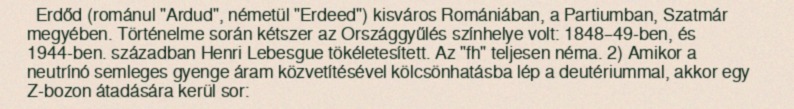
Erdőd (románul "Ardud", németül "Erdeed") kisváros Romániában, a Partiumban, Szatmár megyében. Történelme során kétszer az Országgyűlés színhelye volt: 1848–49-ben, és 1944-ben. században Henri Lebesgue tökéletesített. Az "fh" teljesen néma. 2) Amikor a neutrínó semleges gyenge áram közvetítésével kölcsönhatásba lép a deutériummal, akkor egy Z-bozon átadására kerül sor: